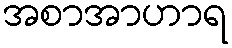
အစာအာဟာရ